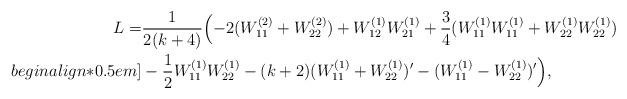
LaTeX: \begin{align*} L=&\frac{1}{2(k+4)}\Big({-2}(W_{11}^{(2)}+W_{22}^{(2)})+W_{12}^{(1)}W_{21}^{(1)}+\frac{3}{4}(W_{11}^{(1)}W_{11}^{(1)}+W_{22}^{(1)}W_{22}^{(1)})\\begin{align*}0.5em]& -\frac{1}{2}W_{11}^{(1)}W_{22}^{(1)}-(k+2)(W_{11}^{(1)}+W_{22}^{(1)})'-(W_{11}^{(1)}-W_{22}^{(1)})'\Big),\end{align*}